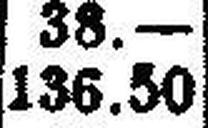
136.50